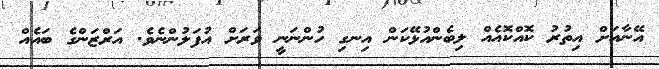
އޭނާއަަށް އިތުރު ކޮއްކޮއެއް ލިބެންއުޅޭކަން އިނގި ހުންނަނީ ވަރަށް އުފަލުންނެވެ. އަރްޒަންގެ ބައެއް